Report on the administration of the Government Cinchona Department 1892-98
Year: 1892
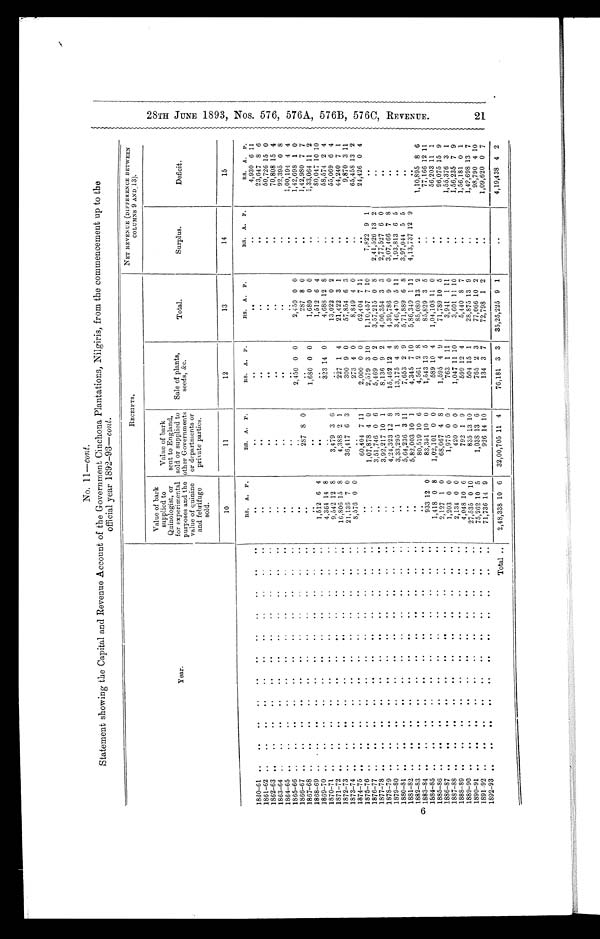
TF77,-,m
--''*1"1*3kAV:77.-.-.- •
itL.1"t
;
--7•7
No. l 1-cont.
Statement showing the Capital and Revenue Account of the Government Cinchona Plantations, Nilgiris, from the commencement up to the
official year 1892-93-coat.
RECEIPTS.
NET REVENUE (DIFFERENCE BETWEEN
COLUMNS 9 AND:13).
Year.
Value of bark
supplied to
Quinologist, or
for experimental
purposes and the
value of quinine
and febrifuge
sold.
Value of hark
sent to England,
sold or supplied to
other Governments
or departments or
private parties.
Sale of plants,
seeds, &e.
Total.
Surplus.
Deficit.
10
11
12
13
14
15
RS. A. P.
RS. A. P.
ltS. A. P.
RS. A. P.
RS.
A. P.
RS. A. P.
1880-61 ..
..
..
• •
..
•.
.•
••
0.
Olt
90
00
..
..
• •
..
4,930 6 11
1861-G2 „
..
..
..
..
..
23,647 8 6
1 862-63 ..
..
•.
•.
..
•.
..
••
••
••
••
•.
•.
..
..
..
50,726 15 0
00
..
..
70,808 15 4
..
..
60
..
92,395 0 8
1865-66 ..
..
..
• •
..
•0
m•
.
••
••
.
..
..
..
1,00,194 4 4
..
..
2,450 0 0
2,450 0 0
..
1,42,698 1 0
1867-68 ..
..
• •
• .
•.
..
..
..
..
..
..
..
287 8
..
287 8 0
..
1,42,980 7 7
..
06
1,680 0 0
1,680 0 0
1,33,064 11 2
1869-70 ..
..
• •
• •
• •
00
..
.•
1,512 6 4
..
..
1,512 6
..
80,017 10 10
1870-71 • •
..
• .
..
as
60
68
••
..
••
4,364 14 8
323 14 0
4,688 12 8
..
58,574 2 4
1871-72 ..
..
..
• •
9,542 12 8
3,479 3
..
13,022 0 2
..
55,069 6 4
16,806 15 8
4,38S 2 l
227 1 4
21,422 3 1
44,240 7 I
1873-74 ..
..
• •
..
..
..
..
•.
..
..
21,136 7 0
36,417 6 3
300 9 0
57,854 6 3
..
9,870 3 11
1874-75
1875-76
..
..
..
..
"
o.
..
•*
..
•0
..
..
••
60
..
..
•.
••
.•
•0
••
..
8,576 0 0
..
..
60,404 7 11
273 4 0
2,000 0 0
8,849 4 0
62,404 7 II
..
65,458 13 2
24,426 0 4
..
1,07,878 4 0
2,579 3 10
1,10,457 7 10
7,822 9
64
1877-78 ..
• •
• •
..
..
00
..
00
0.
..
..
..
3,51,746 0 6
5,169 0 2
3,57,215 0 S
2,41,526 13 2
1878-79 ..
..
••
00
..
..
le
..
..
.•
OS
3,92,217 10 1
8,136 9 2
4,00,354 3 3
2,77,527 6 0
DO
..
4,21,323 12 8
15,462 12 4
4,39,786 9 0
3,07,466 7 8
•••
1880-81 „•
.•
..
..
..
..
••
..
..
••
..
3,33,295 1 3
13,175 4 8
3,46,470 5 11
1,93,813 6 5
••
1881-82 ..
.•
• •
..
OS
66
..
00
•0
•0
..
5,64,236 3 11
7,653 2 9
5,71,S89 6 8
3,97,044 5 5
..
00
5,82,003 10 l
4,345 7 10
5,86,349 1 11
4,13,737 12 9
••
1883-84
1884-85
1885-8
..
• .
..
..
..
..
.•
• •
.•
• •
•,
• •
00
00
..
..
••
•0
64,
00
0•
.00
•0
•0
..
••
•0
..
••
vd
..
..
..
• •
933 12 0
1,418 0 8
80,519 10 6
83,351 10 0
1,02,101
0 0
4,561 2 8
1,543 13 5
589 10 4
85,080 13 2
85,829 3 5
1,04,108 11 0
••
• •
1,10,895 8 6
77,166 12 11
56,203 11 1
1886-87 ..
..
..
••
• •
• •
••
• •
• •
• •
• •
2,127 1 0
68,067 4 8
1,595 4 9
71,789 10 5
Id
96,075 15 9
1887-88 ..
..
••
• •
• •
410
•0
•0
00
..
..
1,203 0 0
1,975 0 0 •
763 1 11
3,941 1 11
..
1,55,376 3 1
2,134 0 0
420 0 0
1,047 11 10
3,601 11 10
00
1,56,235 7 9
4,048 10 6
792 1 9
599 12 4
5,440 8 7
..
1,56,181 0 1
1890-91 ..
..
..
..
..
..
..
..
..
00
27,535 0 10
835 13 10
504 15 1
28,875 13 9
1,42,698 13 7
75,262 10 5
1,038 13 6
765 2 3
77,066 10
.•
98,790 4 10
1892-93 ..
..
•.
..
..
..
..
•.
..
..
..
71,736 14 9
926 14 10
134 3 7
72,798 1
..
1,09,620 0 7
Total ..
248,338 10 6
,
32,00,705 11 4
76,181 3 3
35,25,225 9 1
..
4,19,438 4 2
C3"
I-1
GO
O
Cn
ci
cry
ci
cry
ci
td
Cn
C7J
CD
tt